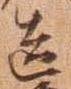
造